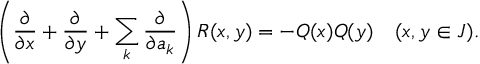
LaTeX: \left( { \frac { \partial } { \partial x } } + { \frac { \partial } { \partial y } } + \sum _ { k } { \frac { \partial } { \partial a _ { k } } } \right) R ( x , y ) = - Q ( x ) Q ( y ) \ \ \ ( x , y \in J ) .